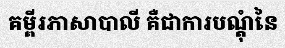
គម្ពីរភាសាបាលី គឺជាការបណ្តុំនៃ